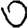
Digit: 0